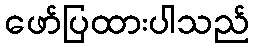
ဖော်ပြထားပါသည်